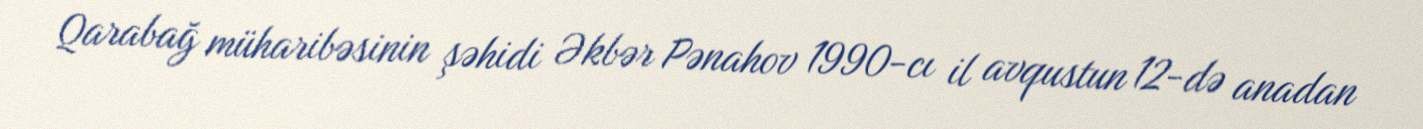
Qarabağ müharibəsinin şəhidi Əkbər Pənahov 1990-cı il avqustun 12-də anadan